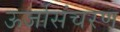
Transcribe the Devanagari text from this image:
ऊर्जासंचरण